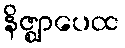
နိဇ္ဈာပေထ